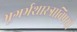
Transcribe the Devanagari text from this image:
भूगर्भशास्त्राविषयी